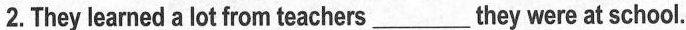
2.They learned a lot from teachers___they were at school.